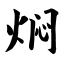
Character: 焖